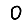
Digit: 0